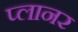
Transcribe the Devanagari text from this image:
प्‍लानर